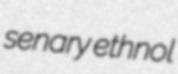
senary ethnol